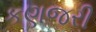
કણજરી